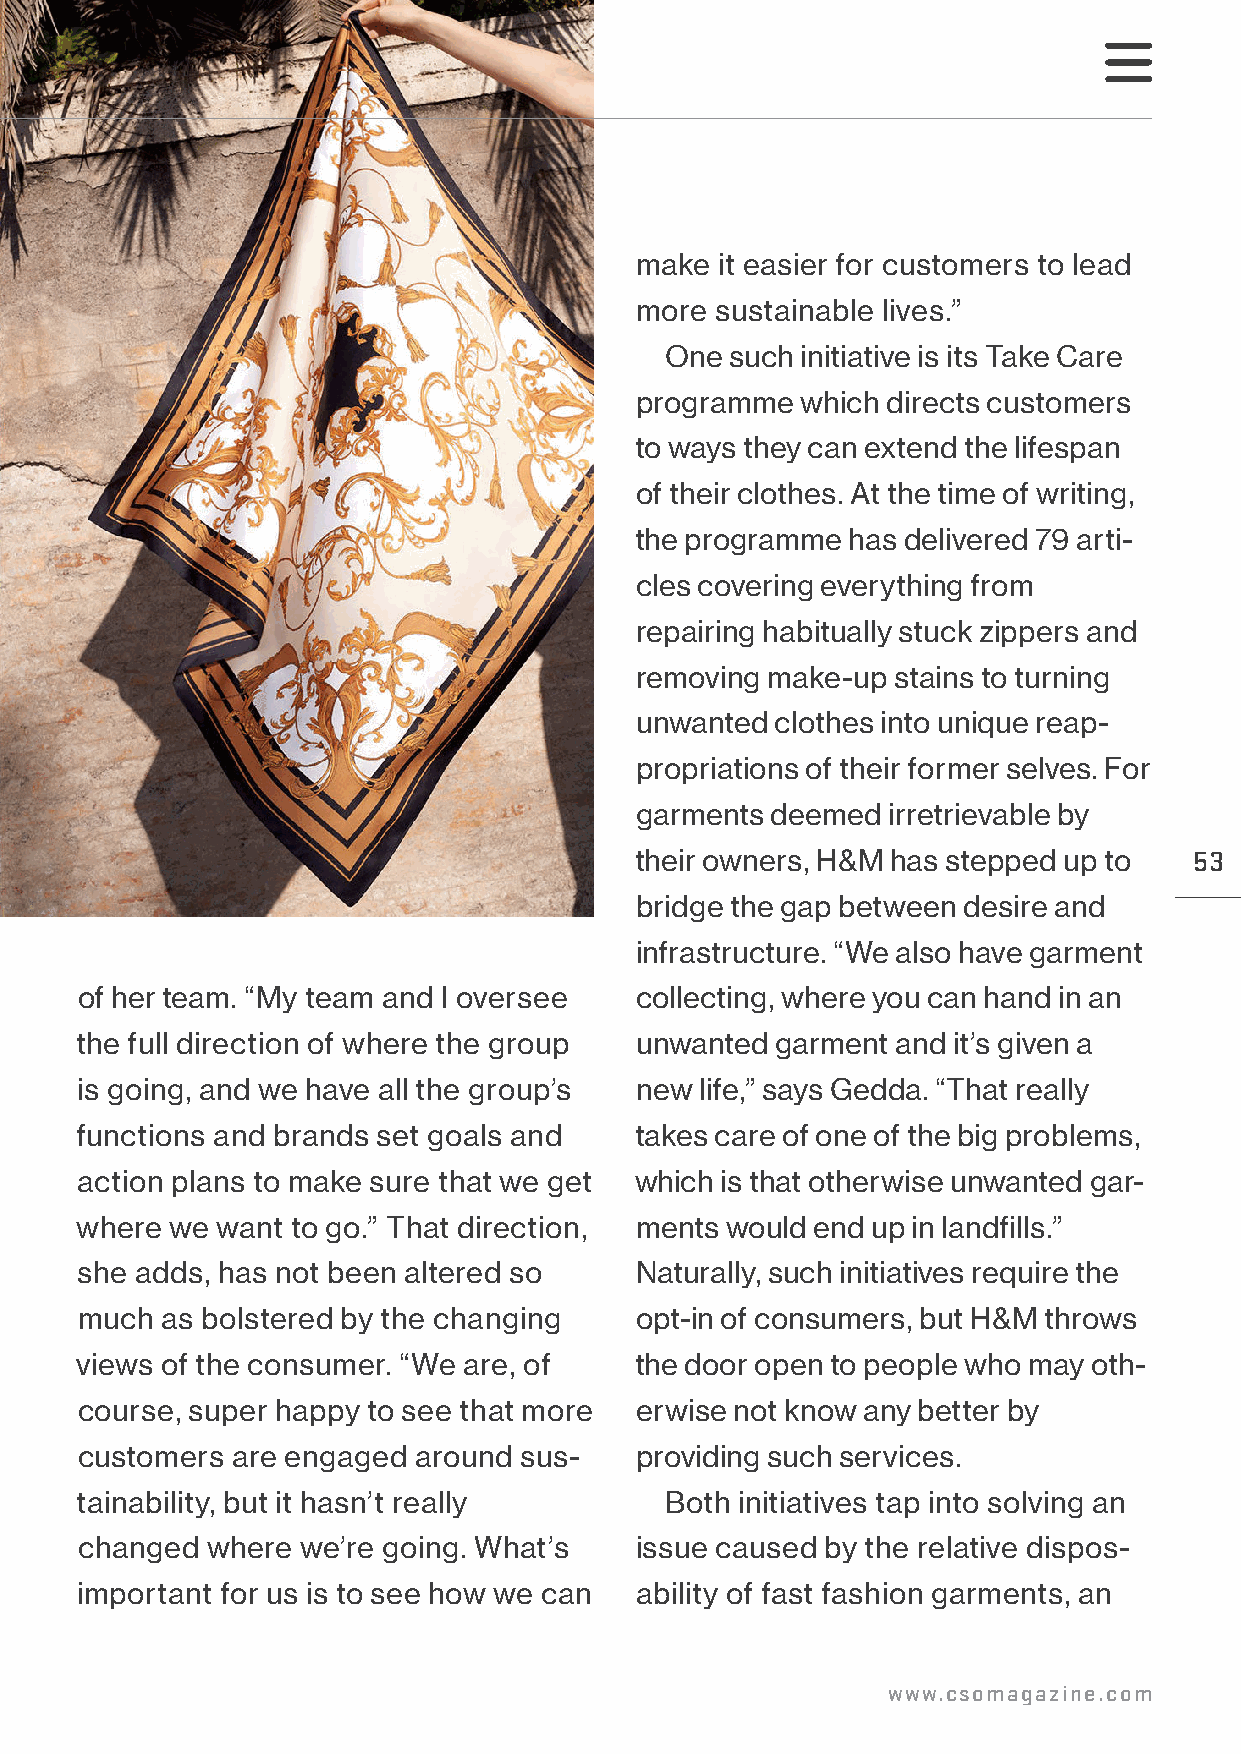
make  it easier for customers to lead
 more sustainable lives.”
 One such initiative is its Take Care
 programme  which directs customers
 to ways they can extend the lifespan
 of their clothes. At the time of writing,
 the programme has delivered 79 arti-
 cles covering everything from
 repairing habitually stuck zippers and
 removing make-up stains to turning
 unwanted clothes into unique reap-
 propriations of their former selves. For
 garments deemed  irretrievable by
 their owners, H&M has stepped up to  53
 bridge the gap between desire and
 infrastructure. “We also have garment
 of her team. “My team and I oversee  collecting, where you can hand in an
 the full direction of where the group unwanted garment and it’s given a
 is going, and we have all the group’s new life,” says Gedda. “That really
 functions and brands set goals and   takes care of one of the big problems,
 action plans to make sure that we get which is that otherwise unwanted gar-
 where we want to go.” That direction, ments would end up in landfills.”
 she adds, has not been altered so    Naturally, such initiatives require the
 much  as bolstered by the changing   opt-in of consumers, but H&M throws
 views of the consumer. “We are, of   the door open to people who may oth-
 course, super happy to see that more erwise not know any better by
 customers are engaged around sus-    providing such services.
 tainability, but it hasn’t really      Both initiatives tap into solving an
 changed  where we’re going. What’s   issue caused by the relative dispos-
 important for us is to see how we can ability of fast fashion garments, an
 www.csomagazine.com